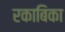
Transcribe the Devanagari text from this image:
रकाबिका